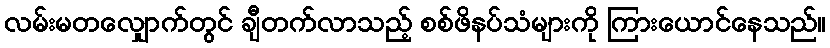
လမ်းမတလျှောက်တွင် ချီတက်လာသည့် စစ်ဖိနပ်သံများကို ကြားယောင်နေသည်။